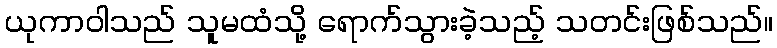
ယုကာဝါသည် သူမထံသို့ ရောက်သွားခဲ့သည့် သတင်းဖြစ်သည်။